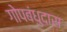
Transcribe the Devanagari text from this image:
गोपबंधुदास